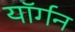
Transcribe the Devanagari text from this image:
यॉर्गन